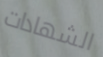
الشهادات